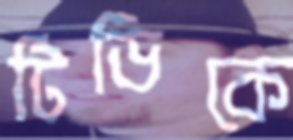
টিডিকে